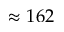
\approx 1 6 2